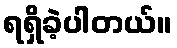
ရရှိခဲ့ပါတယ်။